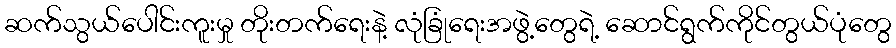
ဆက်သွယ်ပေါင်းကူးမှု တိုးတက်ရေးနဲ့ လုံခြုံရေးအဖွဲ့တွေရဲ့ ဆောင်ရွက်ကိုင်တွယ်ပုံတွေ